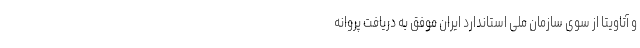
و آتاویتا از سوی سازمان ملی استاندارد ایران موفق به دریافت پروانه